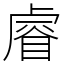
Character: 𥈠